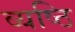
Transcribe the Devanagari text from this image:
व्यष्ठि